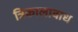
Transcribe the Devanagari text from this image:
त्रिकालाबाध